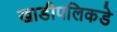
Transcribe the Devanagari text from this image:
खाडीपलिकडे